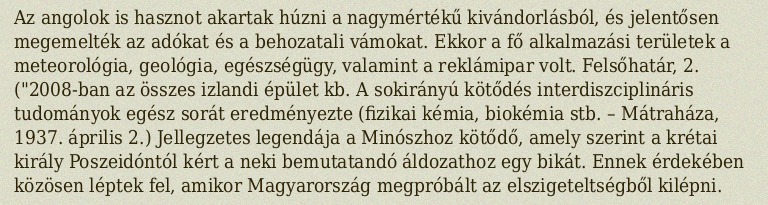
Az angolok is hasznot akartak húzni a nagymértékű kivándorlásból, és jelentősen megemelték az adókat és a behozatali vámokat. Ekkor a fő alkalmazási területek a meteorológia, geológia, egészségügy, valamint a reklámipar volt. Felsőhatár, 2. ("2008-ban az összes izlandi épület kb. A sokirányú kötődés interdiszciplináris tudományok egész sorát eredményezte (fizikai kémia, biokémia stb. – Mátraháza, 1937. április 2.) Jellegzetes legendája a Minószhoz kötődő, amely szerint a krétai király Poszeidóntól kért a neki bemutatandó áldozathoz egy bikát. Ennek érdekében közösen léptek fel, amikor Magyarország megpróbált az elszigeteltségből kilépni.